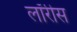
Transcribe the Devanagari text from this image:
लॉरीस